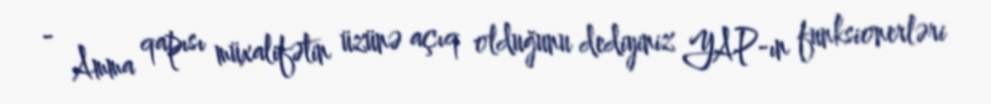
- Amma qapısı müxalifətin üzünə açıq olduğunu dediyiniz YAP-ın funksionerləri